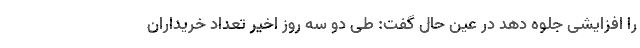
را افزایشی جلوه دهد در عین حال گفت: طی دو سه روز اخیر تعداد خریداران